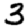
Digit: 3